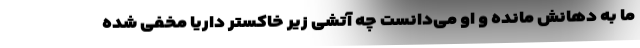
ما به دهانش مانده و او می‌دانست چه آتشی زیر خاکستر داریا مخفی شده